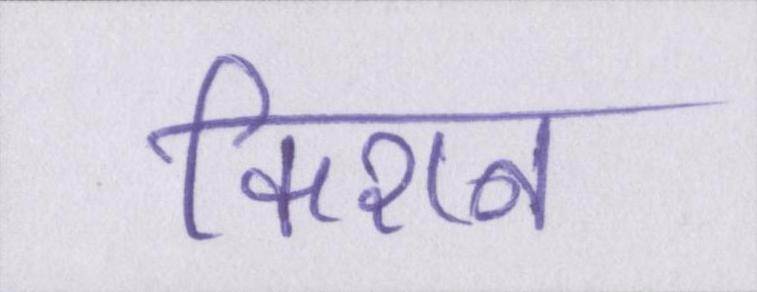
किशन